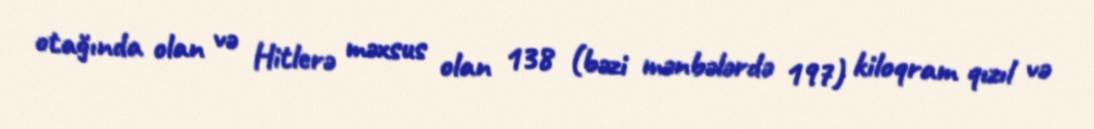
otağında olan və Hitlerə məxsus olan 138 (bəzi mənbələrdə 197) kiloqram qızıl və